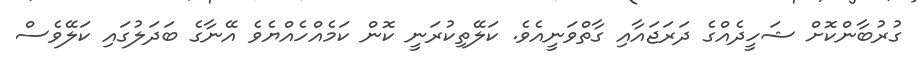
ގުރުބާންކޮށް ޝަހީދެއްގެ ދަރަޖައާއި ގާތްވަނީއެވެ. ކަލޭތިކުރަނީ ކޮން ކަމެއްހެއްޔެވެ އޭނާގެ ބަދަލުގައި ކަލޭވެސް